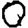
Digit: 0